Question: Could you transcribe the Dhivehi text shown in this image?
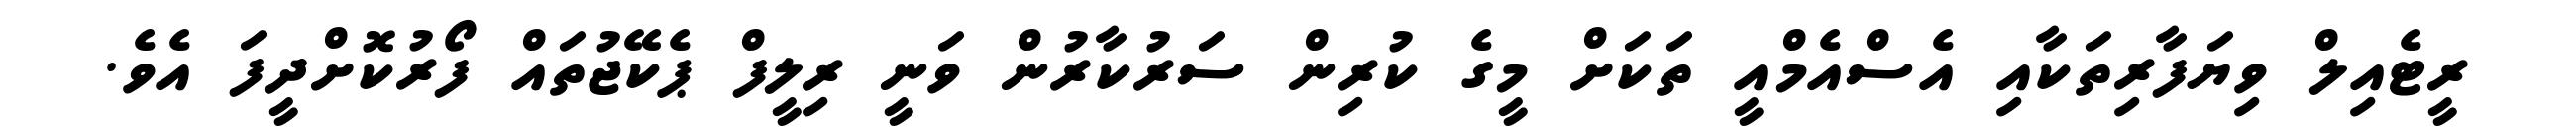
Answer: ރީޓެއިލް ވިޔަފާރިތަކާއި އެސްއެމްއީ ތަކަށް މީގެ ކުރިން ސަރުކާރުން ވަނީ ރިލީފް ޕެކޭޖުތައް ފޯރުކޮށްދީފަ އެވެ.